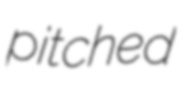
pitched